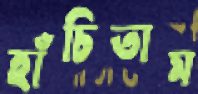
হাঁচিতাম